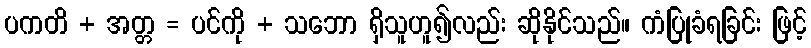
ပကတိ + အတ္တ = ပင်ကို + သဘော ရှိသူဟူ၍လည်း ဆိုနိုင်သည်။ ကံပြုခံရခြင်း ဖြင့်